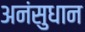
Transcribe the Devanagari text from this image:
अनंसुधान